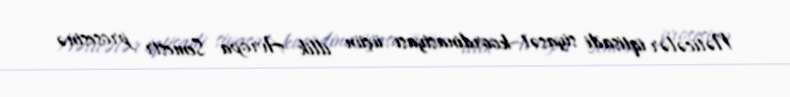
Nəticələr iqtisadi siyasət koordinasiyası üçün illik Avropa Semestr prosesinə